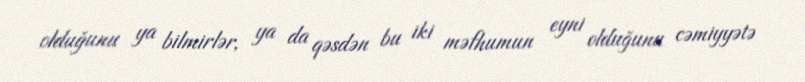
olduğunu ya bilmirlər, ya da qəsdən bu iki məfhumun eyni olduğunu cəmiyyətə